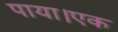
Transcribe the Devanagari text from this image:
पाया।एक